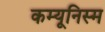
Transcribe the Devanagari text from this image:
कम्यूनिस्म